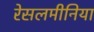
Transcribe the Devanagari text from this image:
रेसलमीनिया